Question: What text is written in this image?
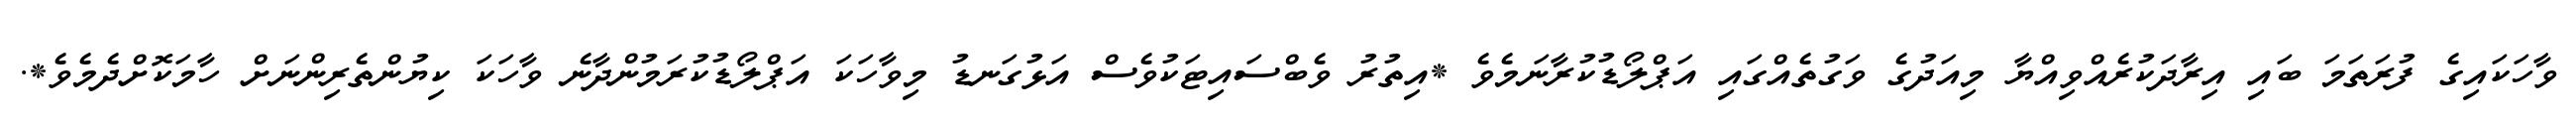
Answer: ވާހަކައިގެ ފުރަތަމަ ބައި އިރާދަކުރެއްވިއްޔާ މިއަދުގެ ވަގުތެއްގައި އަޕްލޯޑުކުރާނަމެވެ *އިތުރު ވެބްސައިޓަކުވެސް އަޅުގަނޑު މިވާހަކަ އަޕްލޯޑުކުރަމުންދާނެ ވާހަކަ ކިޔުންތެރިންނަށް ހާމަކޮށްދެމެވެ*.